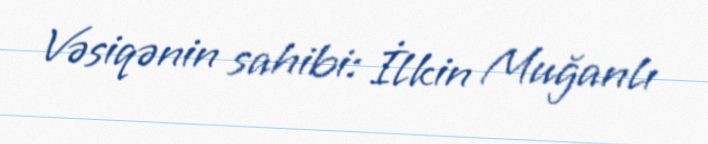
Vəsiqənin sahibi: İlkin Muğanlı